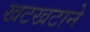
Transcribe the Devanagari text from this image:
खटखटाने